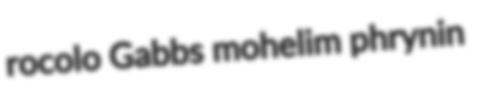
rocolo Gabbs mohelim phrynin